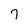
Character: 7